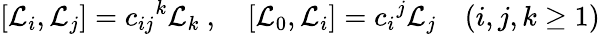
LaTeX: [{\cal L}_{i},{\cal L}_{j}]={c_{ij}}^{k}{\cal L}_{k}\ ,\quad[{\cal L}_{0},{\cal L}_{i}]={c_{i}}^{j}{\cal L}_{j}\quad(i,j,k\geq 1)